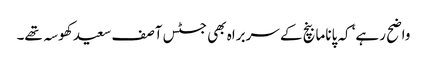
واضح رہے‘ کہ پاناما بنچ کے سربراہ بھی جسٹس آصف سعید کھوسہ تھے۔